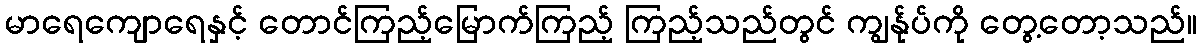
မာရေကျောရေနှင့် တောင်ကြည့်မြောက်ကြည့် ကြည့်သည်တွင် ကျွန်ုပ်ကို တွေ့တော့သည်။